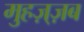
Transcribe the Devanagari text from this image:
मुहज़्ज़ब